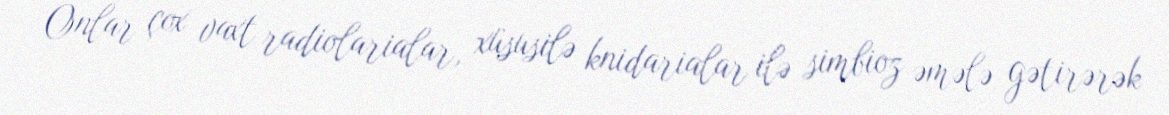
Onlar çox vaxt radiolarialar, xüsusilə knidarialar ilə simbioz əmələ gətirərək